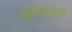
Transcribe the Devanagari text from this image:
भुमिकांची